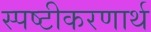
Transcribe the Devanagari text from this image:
स्पष्टीकरणार्थ